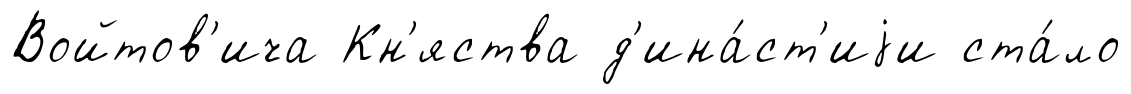
Войтов'ича Кн'яства д'ина́ст'иjи ста́ло